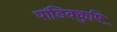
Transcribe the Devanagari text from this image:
पांडिक्कुष़ि